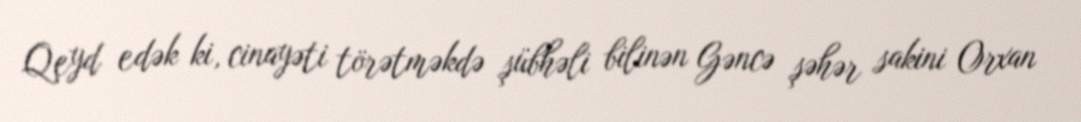
Qeyd edək ki, cinayəti törətməkdə şübhəli bilinən Gəncə şəhər sakini Orxan